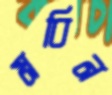
মবিন